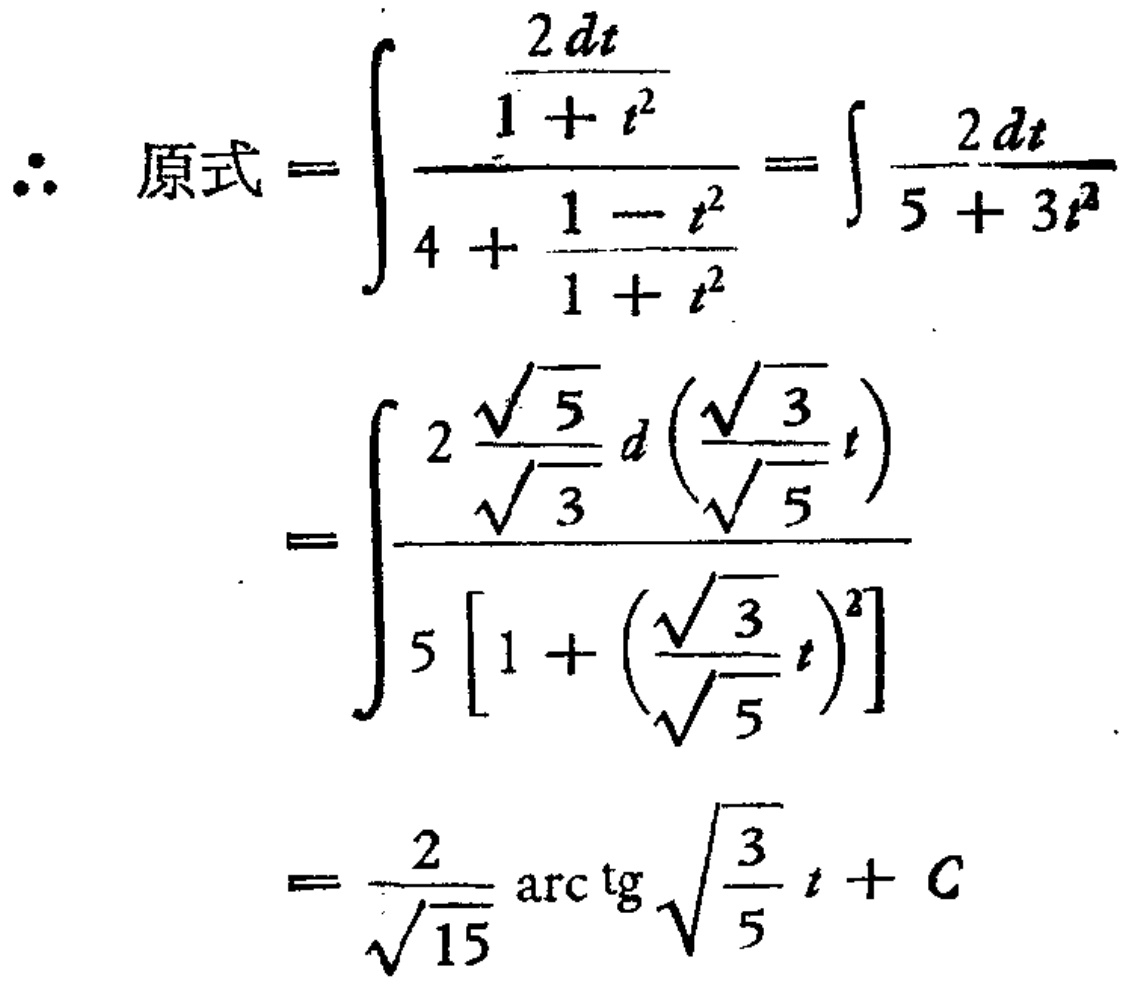
\[

\begin{align*}

\therefore \text{原式} &= \int \frac{\frac{2dt}{1 + t^{2}}}{4 + \frac{1 - t^{2}}{1 + t^{2}}} = \int \frac{2dt}{5 + 3t^{2}}\\

&= \int \frac{\frac{2\sqrt{5}}{\sqrt{3}}d(\frac{\sqrt{3}}{\sqrt{5}}t)}{5\left[1 + (\frac{\sqrt{3}}{\sqrt{5}}t)^{2}\right]}\\

&= \frac{2}{\sqrt{15}}\arctan\sqrt{\frac{3}{5}}t + C

\end{align*}

\]